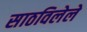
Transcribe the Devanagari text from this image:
साठविलेले